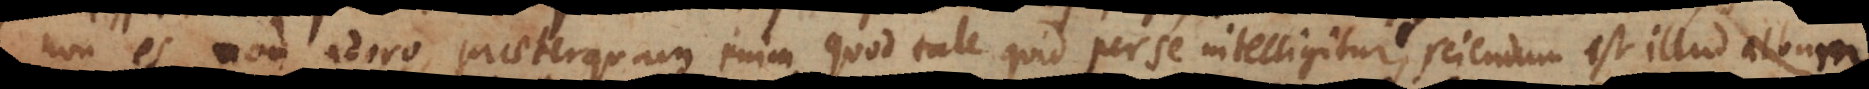
non es, non adoro; praeterquam enim quod tale quid per se intelligitur, sciendum est illud album